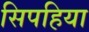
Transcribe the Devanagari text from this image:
सिपहिया